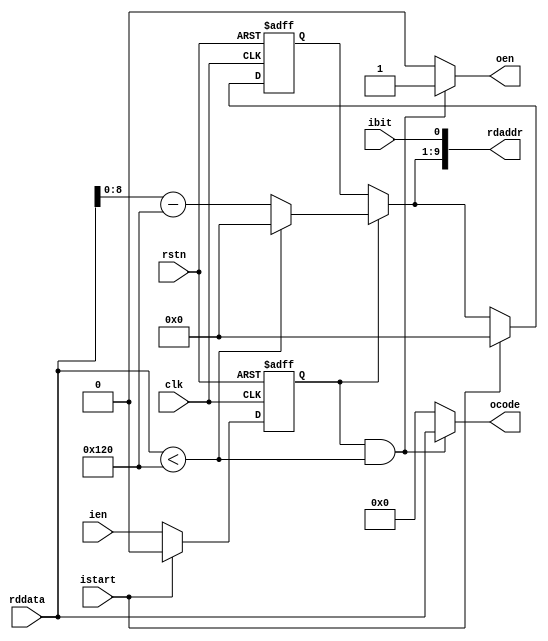
// This program was cloned from: https://github.com/WangXuan95/FPGA-PNG-decoder
// License: GNU General Public License v3.0


//--------------------------------------------------------------------------------------------------------
// Module  : huffman_decoder
// Type    : synthesizable, IP's sub module
// Standard: Verilog 2001 (IEEE1364-2001)
//--------------------------------------------------------------------------------------------------------

module huffman_decoder #(
    parameter    NUMCODES = 288,
    parameter    OUTWIDTH = 10
)(
    rstn, clk,
    istart, ien, ibit,
    oen, ocode,
    rdaddr, rddata
);


function  integer clogb2;
    input integer val;
//function automatic integer clogb2(input integer val);
    integer valtmp;
begin
    valtmp = val;
    for (clogb2=0; valtmp>0; clogb2=clogb2+1)
        valtmp = valtmp>>1;
end
endfunction


input                               rstn, clk;
input                               istart, ien, ibit;
output                              oen;
output  [            OUTWIDTH-1:0]  ocode;
output  [clogb2(2*NUMCODES-1)-1:0]  rdaddr;
input   [            OUTWIDTH-1:0]  rddata;

wire                                rstn, clk;
wire                                istart, ien, ibit;
reg                                 oen = 1'b0;
reg    [            OUTWIDTH-1:0]   ocode = 0;
wire   [clogb2(2*NUMCODES-1)-1:0]   rdaddr;
wire   [            OUTWIDTH-1:0]   rddata;

reg    [clogb2(2*NUMCODES-1)-2:0]   tpos = 0;
wire   [clogb2(2*NUMCODES-1)-2:0]   ntpos;
reg                                 ienl = 1'b0;

assign rdaddr = {ntpos, ibit};

assign ntpos = ienl ? ((rddata<NUMCODES) ? 0 : (rddata-NUMCODES)) : tpos;

always @ (posedge clk or negedge rstn)
    if(~rstn)
        ienl <= 1'b0;
    else
        ienl <= istart ? 1'b0 : ien;

always @ (posedge clk or negedge rstn)
    if(~rstn)
        tpos <= 0;
    else begin
        if (istart)
            tpos <= 0;
        else
            tpos <= ntpos;
    end

always @ (*)
    if(ienl && rddata<NUMCODES) begin
        oen   = 1'b1;
        ocode = rddata;
    end else begin
        oen   = 1'b0;
        ocode = 0;
    end

endmodule